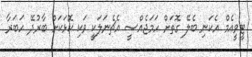
ޓީވީއެމް އެކަނި ބެލޭ ގޮތަށް ހަމަޖެއްސީ އެޗެނަލަކީ ވަކި ކޮޅަކަށް ބާރުދޭ ހަބަރާ